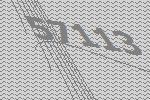
57113